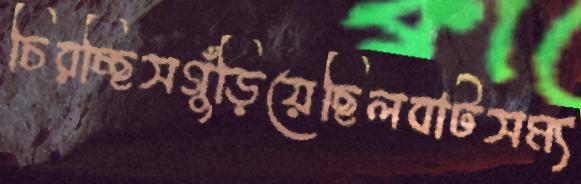
চিরচ্ছিসগুঁড়িয়েছিলবাটসম্য